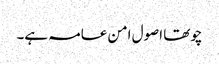
چوتھا اصول امن عامہ ہے۔